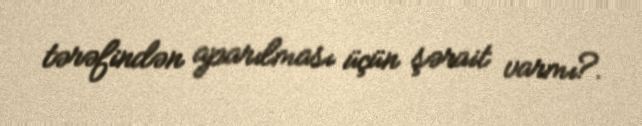
tərəfindən aparılması üçün şərait varmı?.